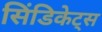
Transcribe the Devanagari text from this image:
सिंडिकेट्स